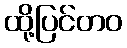
ထို့ပြင်တဝ